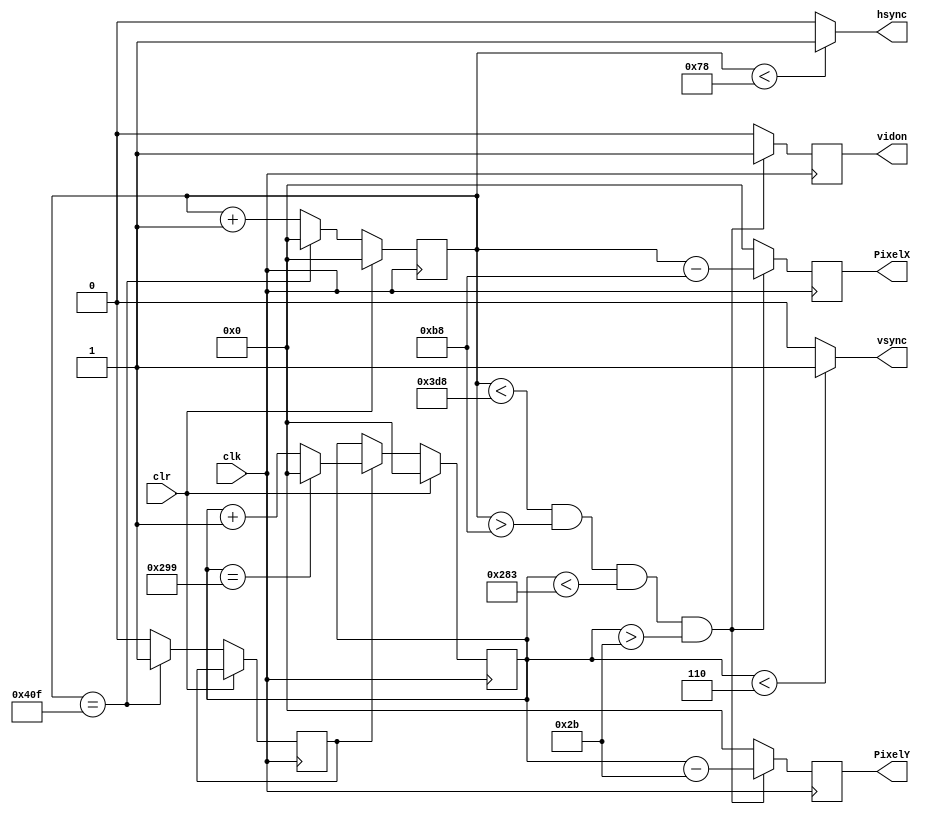
`timescale 1ns / 1ps
//////////////////////////////////////////////////////////////////////////////////
// Company: 
// Engineer: 
// 
// Design Name: 
// Module Name:    vga_800x600 
// Project Name: https://github.com/ThePedestrian/FPGA-Simple-Maze-Game-Using-VGA-Output
// Target Devices: 
// Tool versions: 
// Description: 
//
// Dependencies: 
//
// Revision: 
// Revision 0.01 - File Created
// Additional Comments:
//
//////////////////////////////////////////////////////////////////////////////////
module vga_800x600(
input wire clk, //100Mhz master clock
input wire clr, // ????
output reg hsync, // 1  bit horizontal sync
output reg vsync,
output reg [10:0] PixelX,
output reg [10:0] PixelY,
output reg vidon
    );

/*
    Questions to be answered:
    - everything
*/
parameter TotalHorizontalPixels = 11'd1040; // width of each row
parameter HorizontalSyncWidth = 11'd120; //
parameter VerticalSyncWidth = 11'd6;

parameter TotalVerticalLines = 11'd666;
parameter HorizontalBackPorchTime = 11'd184 ;
parameter HorizontalFrontPorchTime = 11'd984 ;
parameter VerticalBackPorchTime = 11'd43 ;
parameter VerticalFrontPorchTime = 11'd643;

reg VerticalSyncEnable;

reg [10:0] HorizontalCounter;
reg [10:0] VerticalCounter;

//Counter for the horizontal sync signal
always @(posedge clk)
begin
	if(clr == 1)
		HorizontalCounter <= 0;
	else
		begin
			if(HorizontalCounter == TotalHorizontalPixels - 1)
				begin //the counter has hreached the end of a horizontal line
					HorizontalCounter<=0;
					VerticalSyncEnable <= 1;
				end
			else
				begin 
					HorizontalCounter<=HorizontalCounter+1; 
					VerticalSyncEnable <=0;
				end
		end
end

//Generate the hsync pulse
//Horizontal Sync is low when HorizontalCounter is 0-127

always @(*)
begin
	if((HorizontalCounter<HorizontalSyncWidth))
		hsync = 1;
	else
		hsync = 0;
end

//Counter for the vertical sync

always @(posedge clk)
begin
	if(clr == 1)
		VerticalCounter<=0;
	else
	begin
		if(VerticalSyncEnable == 1)
			begin
				if(VerticalCounter==TotalVerticalLines-1)
					VerticalCounter<=0;
				else
					VerticalCounter<=VerticalCounter+1;
			end
	end
end

//generate the vsync pulse
always @(*)
begin
	if(VerticalCounter < VerticalSyncWidth)
		vsync = 1;
	else
		vsync = 0;
end

always @(posedge clk)
begin
	if((HorizontalCounter<HorizontalFrontPorchTime) && (HorizontalCounter>HorizontalBackPorchTime) && (VerticalCounter<VerticalFrontPorchTime) && (VerticalCounter>VerticalBackPorchTime))
		begin
			vidon <= 1;
			PixelX<= HorizontalCounter - HorizontalBackPorchTime;
			PixelY<= VerticalCounter - VerticalBackPorchTime;
		end
	else
		begin
			vidon <= 0;
			PixelX<=0;
			PixelY<=0;
		end
end

endmodule